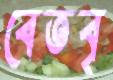
বেতবৃ